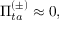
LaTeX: \Pi _ { t a } ^ { ( \pm ) } \approx 0 ,